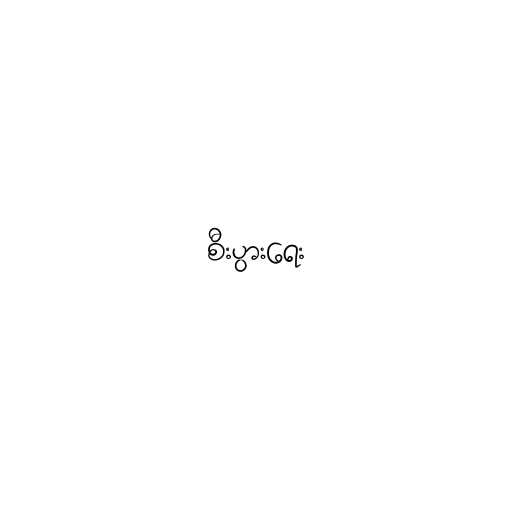
စီးပွားရေး